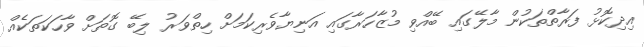
އިދިކޮޅު ފަރާތްތަކުން މާލޭގައި ބޭއްވި މުޒާހަރާގައި އަނިޔާވެރިކަމަށް ހިތްވަރު ލިބޭ ގޮތަށް ވާހަކަތަކެއް